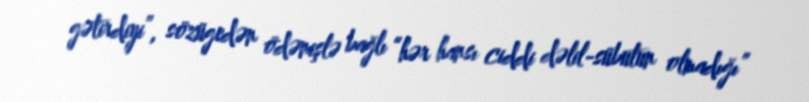
gətirdiyi”, sözügedən ödənişlə bağlı “hər hansı ciddi dəlil-sübutun olmadığı”